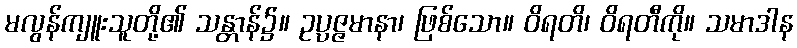
မလွန်ကျူးသူတို့၏ သန္တာန်၌။ ဥပ္ပဇ္ဇမာနာ၊ ဖြစ်သော။ ဝိရတိ၊ ဝိရတီကို။ သမာဒါန